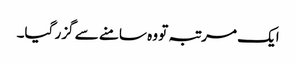
ایک مرتبہ تو وہ سامنے سے گزر گیا۔